Report on vaccination in Madras 1904-1921 - 1904-1921
Year: 1904
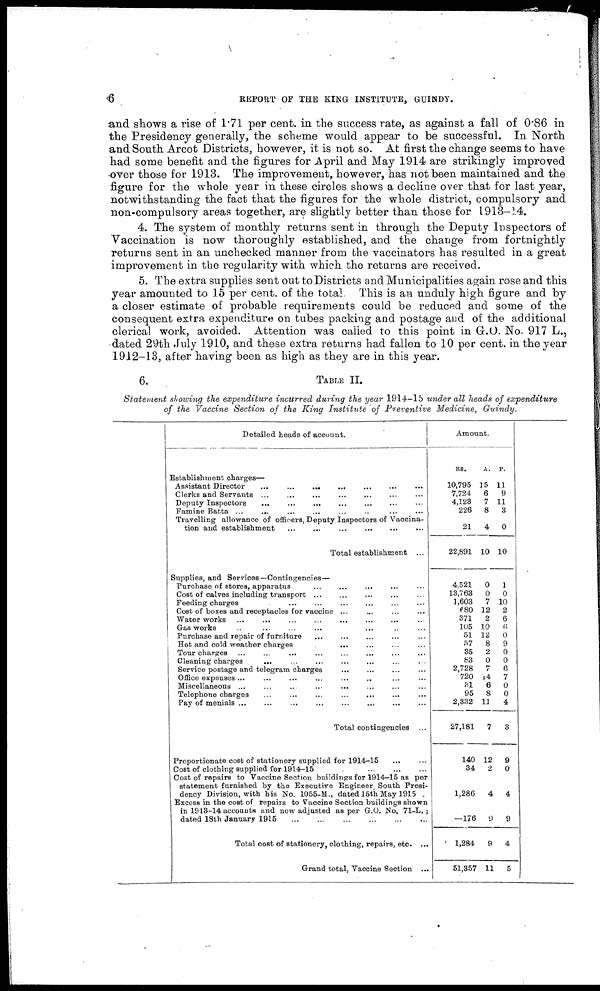
6
REPORT OF THE KING INSTITUTE, GUINDY.
and shows a rise of 1.71 per cent. in the success rate, as against a fall of 0.86 in
the Presidency generally, the scheme would appear to be successful. In North
and South Arcot Districts, however, it is not so. At first the change seems to have
had some benefit and the figures for April and May 1914 are strikingly improved
over those for 1913. The improvement, however, has not been maintained and the
figure for the whole year in these circles shows a decline over that for last year,
notwithstanding the fact that the figures for the whole district, compulsory and
non-compulsory areas together, are slightly better than those for 1913-14.
4. The system of monthly returns sent in through the Deputy Inspectors of
Vaccination is now thoroughly established, and the change from fortnightly
returns sent in an unchecked manner from the vaccinators has resulted in a great
improvement in the regularity with which the returns are received.
5. The extra supplies sent out to Districts and Municipalities again rose and this
year amounted to 15 per cent. of the total. This is an unduly high figure and by
a closer estimate of probable requirements could be reduced and some of the
consequent extra expenditure on tubes packing and postage and of the additional
clerical work, avoided. Attention was called to this point in G.O. No. 917 L.,
dated 29th July 1910, and these extra returns had fallen to 10 per cent. in the year
1912-13, after having been as high as they are in this year.
6.
TABLE II.
Statement showing the expenditure incurred during the year 1914-15 under all heads of expenditure
of the Vaccine Section of the King Institute of Preventive Medicine, Guindy.
Detailed heads of account.
Establishment charges—
Assistant Director
...
...
...
...
...
...
...
Clerks and Servants
...
...
...
...
...
...
...
Deputy Inspectors ... ... ... ... ... ... ...
Famine Batta ... ... ... ... ... ... ...
Travelling allowance of officers, Deputy Inspectors of Vaccina-
tion and establishment ... ... ... ... ... ... ...
Total establishment ... ... ... ... ... ... ...
Supplies, and Services—Contingencies—
Purchase of stores, apparatus ... ... ... ... ... ... ...
Cost of calves including transport ... ... ... ... ... ... ...
Feeding charges ... ... ... ... ... ... ...
Cost of boxes and receptacles for vaccine ... ... ... ... ... ... ...
Water works
...
...
...
...
...
...
...
Gas works ... ... ... ... ... ... ...
Purchase and repair of furniture ... ... ... ... ... ... ...
Hot and cold weather charges ... ... ... ... ... ... ...
Tour charges ... ... ... ... ... ... ...
Cleaning charges
...
...
...
...
...
...
...
Service postage and telegram charges ... ... ... ... ... ... ...
Office expenses
...
...
...
...
...
...
...
Miscellaneous ... ... ... ... ... ... ...
Telephone charges ... ... ... ... ... ... ...
Pay of menials
...
...
...
...
...
...
...
Total contingencies ...
Proportionate cost of stationery supplied for 1914-15 ... ...
Cost of clothing supplied for 1914-15
...
...
...
Cost of repairs to Vaccine Section buildings for 1914-15 as per
statement furnished by the Executive Engineer, South Presi-
dency Division, with his No. 1055-M., dated 15th May 1915.
Excess in the cost of repairs to Vaccine Section buildings shown
in 1913-14 accounts and now adjusted as per G.O. No. 71-L. ;
dated 18th January 1915
...
...
...
...
...
...
...
Total cost of stationery, clothing, repairs, etc. ...
Grand total, Vaccine Section ...
Amount.
RS.
10,795
7,724
4,123
226
21
22,891
4.521
13,763
1,603
680
371
105
51
57
35
83
2,728
720
31
95
2,332
27,181
140
34
1,286
—176
1,284
51,357
A.
15
6
7
8
4
10
0
0
7
12
2
10
12
8
2
0
7
14
6
8
11
7
12
2
4
0
9
11
P.
11
9
11
3
0
10
1
0
10
2
6
6
0
9
0
0
6
7
0
0
4
3
9
0
4
9
4
5